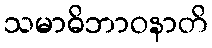
သမာဓိဘာဝနာတိ